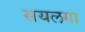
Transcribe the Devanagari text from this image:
सयलगा